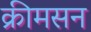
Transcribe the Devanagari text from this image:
क्रीमसन